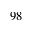
9 8